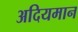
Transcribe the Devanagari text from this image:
अदियमान